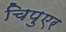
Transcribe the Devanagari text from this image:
चिपुएर